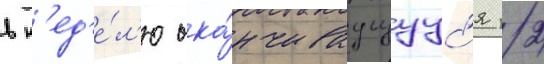
в н'ед'е́л'ю ока́нчиваущуус'я 12